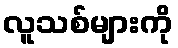
လူသစ်များကို